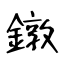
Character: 鐓